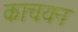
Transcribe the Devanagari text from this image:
काचयन